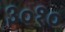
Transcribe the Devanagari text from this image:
३०१०